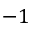
- 1